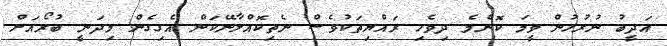
އަދީބު ނުރުހުން ވީމަ ކޮންމެ ދިވެހި ރައްޔިތަކުވެސް ނެތިކޮއްލާނޭކަން އެގިގެން މިދަނީ ބުރޯއަށް